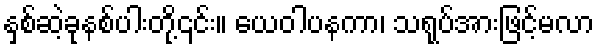
နှစ်ဆဲ့ခုနစ်ပါးတို့၎င်း။ ယေဝါပနကာ၊ သရုပ်အားဖြင့်မလာ